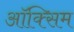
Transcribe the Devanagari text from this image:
ऑक्सिम